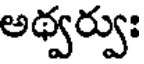
అథ్వర్వుః